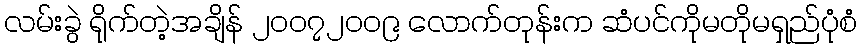
လမ်းခွဲ ရိုက်တဲ့အချိန် ၂၀၀၇၂၀၀၉ လောက်တုန်းက ဆံပင်ကိုမတိုမရှည်ပုံစံ